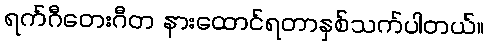
ရက်ဂီတေးဂီတ နားထောင်ရတာနှစ်သက်ပါတယ်။